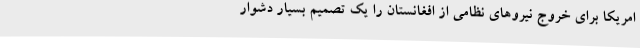
امریکا برای خروج نیروهای نظامی از افغانستان را یک تصمیم بسیار دشوار